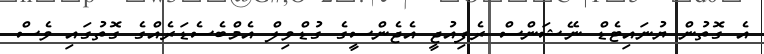
އެ ގޮތުން ޔުނައިޓެޑް ނޭޝަންސް ރެފިއުޖީ އެޖެންސީގެ ގުޑްވިލް އެމްބެސެޑަރެއްގެ ގޮތުގައި ވެސް